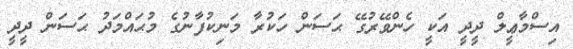
އިސްމާޢީލް ދީދީ އަކީ ހެންވޭރުގޭ ޙަސަން ހަކުރާ މަނިކުފާނުގެ މުޙައްމަދު ޙަސަން ދީދީ